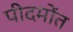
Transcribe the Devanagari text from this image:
पीदमोंत